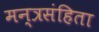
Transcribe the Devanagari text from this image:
मन्त्रसंहिता